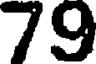
79